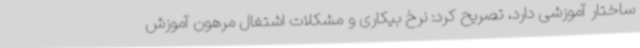
ساختار آموزشی دارد، تصریح کرد: نرخ بیکاری و مشکلات اشتغال مرهون آموزش